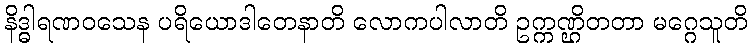
နိဒ္ဓါရဏဝသေန ပရိယောဒါတေနာတိ လောကပါလာတိ ဥက္ကဏ္ဌိတတာ မဂ္ဂေသူတိ